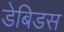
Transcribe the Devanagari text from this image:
डेबिडस